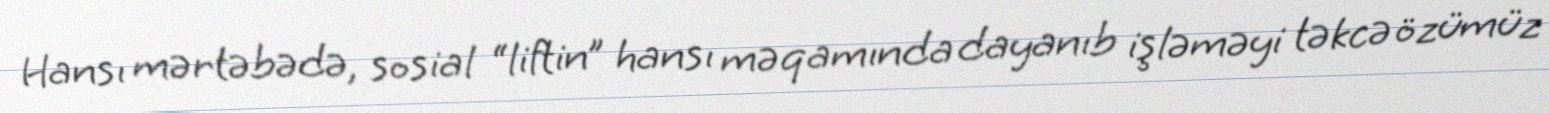
Hansı mərtəbədə, sosial “liftin” hansı məqamında dayanıb işləməyi təkcə özümüz